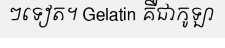
ៗទៀត។ Gelatin គឺជាកូឡា